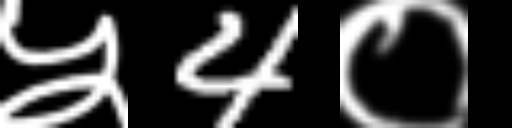
Text: ५4०